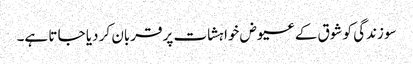
سو زندگی کو شوق کے عیوض خواہشات پر قربان کر دیا جا تا ہے۔